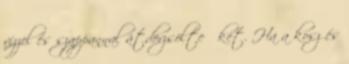
vízzel és szappannal átdörzsölte őket. Ha a kosz és